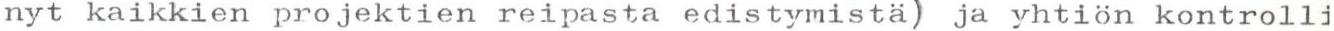
nyt kaikkien projektien reipasta edistymistä) ja yhtiön kontrolli